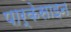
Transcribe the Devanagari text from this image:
पार्केसाइन